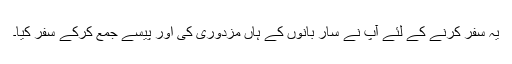
یہ سفر کرنے کے لئے آپ نے سار بانوں کے ہاں مزدوری کی اور پیسے جمع کرکے سفر کیا۔